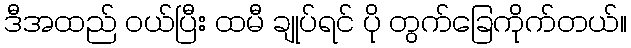
ဒီအထည် ဝယ်ပြီး ထမီ ချုပ်ရင် ပို တွက်ခြေကိုက်တယ်။